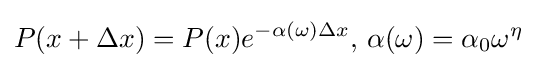
P(x+\Delta x)=P(x)e^{-\alpha (\omega )\Delta x},\,\alpha (\omega )=\alpha _{0}\omega ^{\eta }